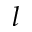
l